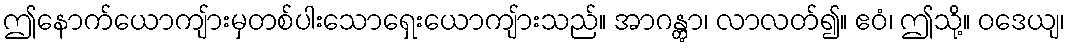
ဤနောက်ယောကျ်ားမှတစ်ပါးသောရှေးယောကျ်ားသည်။ အာဂန္တွာ၊ လာလတ်၍။ ဧဝံ၊ ဤသို့။ ဝဒေယျ၊